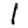
Digit: 1